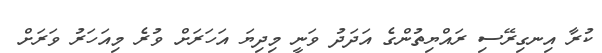
ކުރާ އިނގިރޭސި ރައްޔިތުންގެ އަދަދު ވަނީ މިދިޔަ އަހަރަށް ވުރެ މިއަހަރު ވަރަށް